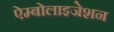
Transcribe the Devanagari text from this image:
ऐम्बोलाइजेशन